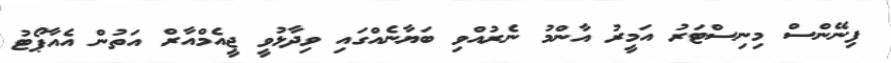
ފިނޭންސް މިނިސްޓަރު އަމީރު އާންމު ނެރުއްވި ބަޔާނެއްގައި ވިދާޅުވީ ޖީއެމްއާރް އަތުން އެއާޕޯޓު